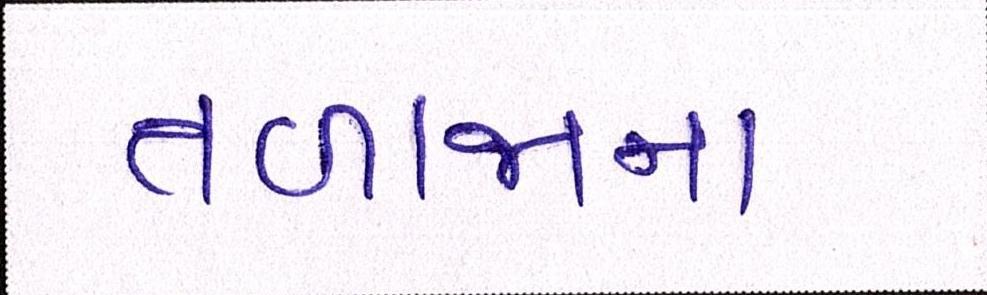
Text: તળાજાના